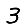
Digit: 3